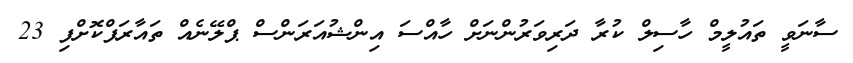
ސާނަވީ ތައުލީމް ހާސިލް ކުރާ ދަރިވަރުންނަށް ހާއްސަ އިންޝުއަރަންސް ޕްލޭނެއް ތައާރަފްކޮށްފި 23